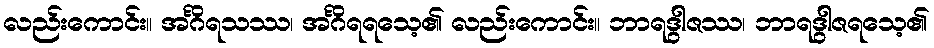
လည်းကောင်း။ အင်္ဂိရသဿ၊ အင်္ဂိရရသေ့၏ လည်းကောင်း။ ဘာရဒွါဇဿ၊ ဘာရဒွါဇရသေ့၏